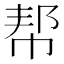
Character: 帮